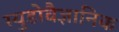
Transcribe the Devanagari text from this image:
स्युडोवैज्ञानिक